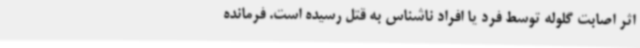
اثر اصابت گلوله توسط فرد یا افراد ناشناس به قتل رسیده است. فرمانده